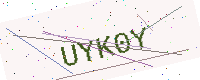
Text: UYK0Y